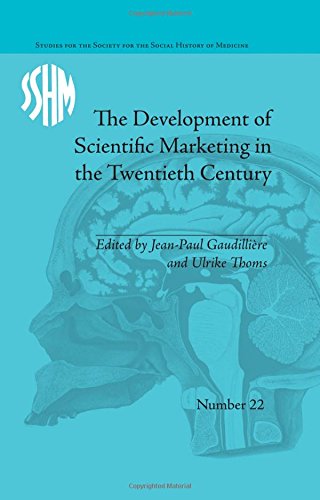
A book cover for The Development of Scientific Marketing in the Twentieth Century: Research for Sales in the Pharmaceutical Industry (Studies for the Society for the Social HIST of Medicine); Jean-Paul GaudilliÃ¨re; Business & Money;